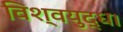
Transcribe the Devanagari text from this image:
विश्वयुद्ध।